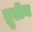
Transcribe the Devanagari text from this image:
द्रुतीय